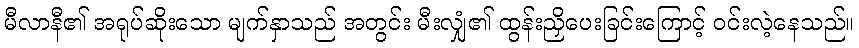
မီလာနီ၏ အရုပ်ဆိုးသော မျက်နှာသည် အတွင်း မီးလျှံ၏ ထွန်းညှိပေးခြင်းကြောင့် ဝင်းလဲ့နေသည်။